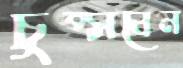
চুপ্‌সবেন